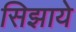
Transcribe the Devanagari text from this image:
सिझाये